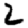
Digit: 2